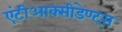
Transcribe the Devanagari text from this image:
एंटीआक्सीडेण्ट्स